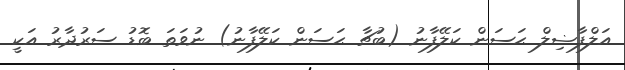
އަލްފާޟިލް ޙަސަން ކަލޭފާނު (ބުޗާ ޙަސަން ކަލޭފާނު) ނުވަތަ ބޮޑު ސަރުދާރު އަކީ